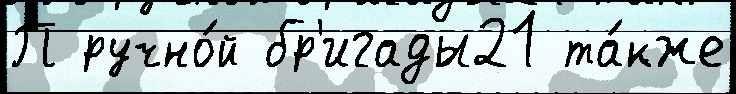
П ручно́й бр'игады21 та́кже